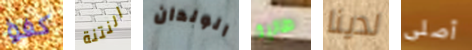
كفؤ النتنة الولدان طالبة لدينا أصلى